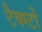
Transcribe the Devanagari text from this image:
टैक्स्टों